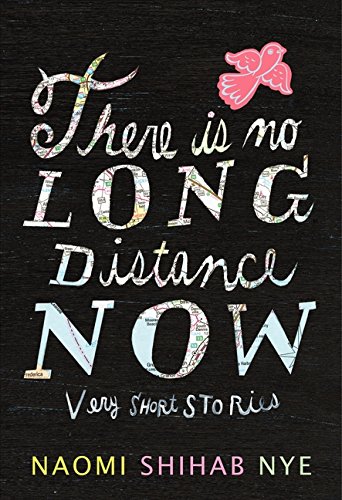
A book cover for There Is No Long Distance Now: Very Short Stories; Naomi Shihab Nye; Teen & Young Adult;